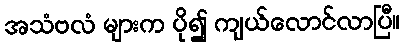
အသံဗလံ များက ပို၍ ကျယ်လောင်လာပြီ။